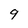
Character: g